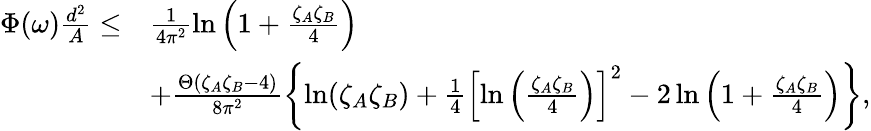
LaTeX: \begin{array}{rl}{\Phi(\omega)\frac{d^{2}}{A}\leq}&{\frac{1}{4\pi^{2}}\ln\left(1+\frac{\zeta_{A}\zeta_{B}}{4}\right)}\\ &{+\frac{\Theta(\zeta_{A}\zeta_{B}-4)}{8\pi^{2}}\left\{ \ln(\zeta_{A}\zeta_{B})+\frac{1}{4}\left[\ln\left(\frac{\zeta_{A}\zeta_{B}}{4}\right)\right]^{2}-2\ln\left(1+\frac{\zeta_{A}\zeta_{B}}{4}\right)\right\} ,}\end{array}